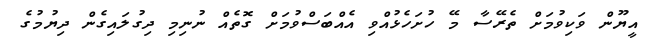
އީޔޫން ވަކިވުމަށް ތެރޭސާ މޭ ހުށަހެޅުއްވި އެއްބަސްވުމަށް ގޮތެއް ނުނިމި ދިގުލައިގެން ދިޔުމުގެ